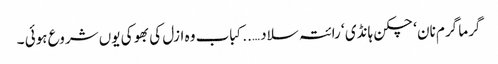
گرما گرم نان ‘ چکن ہانڈی ‘ رائتہ سلاد …..کباب وہ ازل کی بھوکی یوں شروع ہوئی ۔